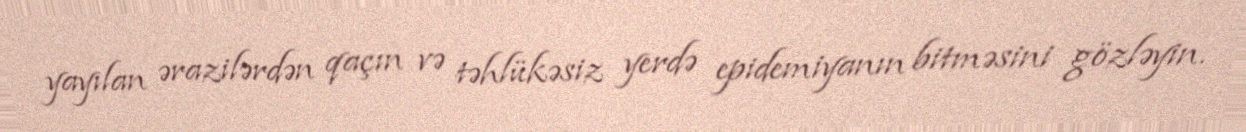
yayılan ərazilərdən qaçın və təhlükəsiz yerdə epidemiyanın bitməsini gözləyin.